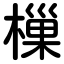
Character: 樔